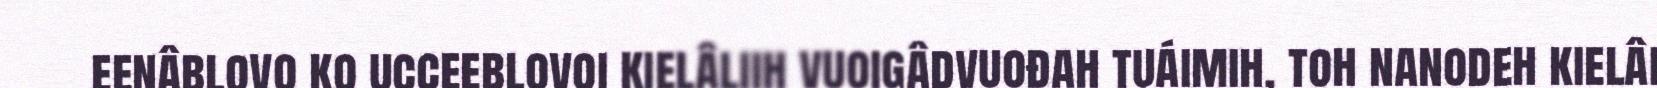
eenâblovo ko ucceeblovoi kielâliih vuoigâdvuođah tuáimih, toh nanodeh kielâi